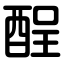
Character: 酲